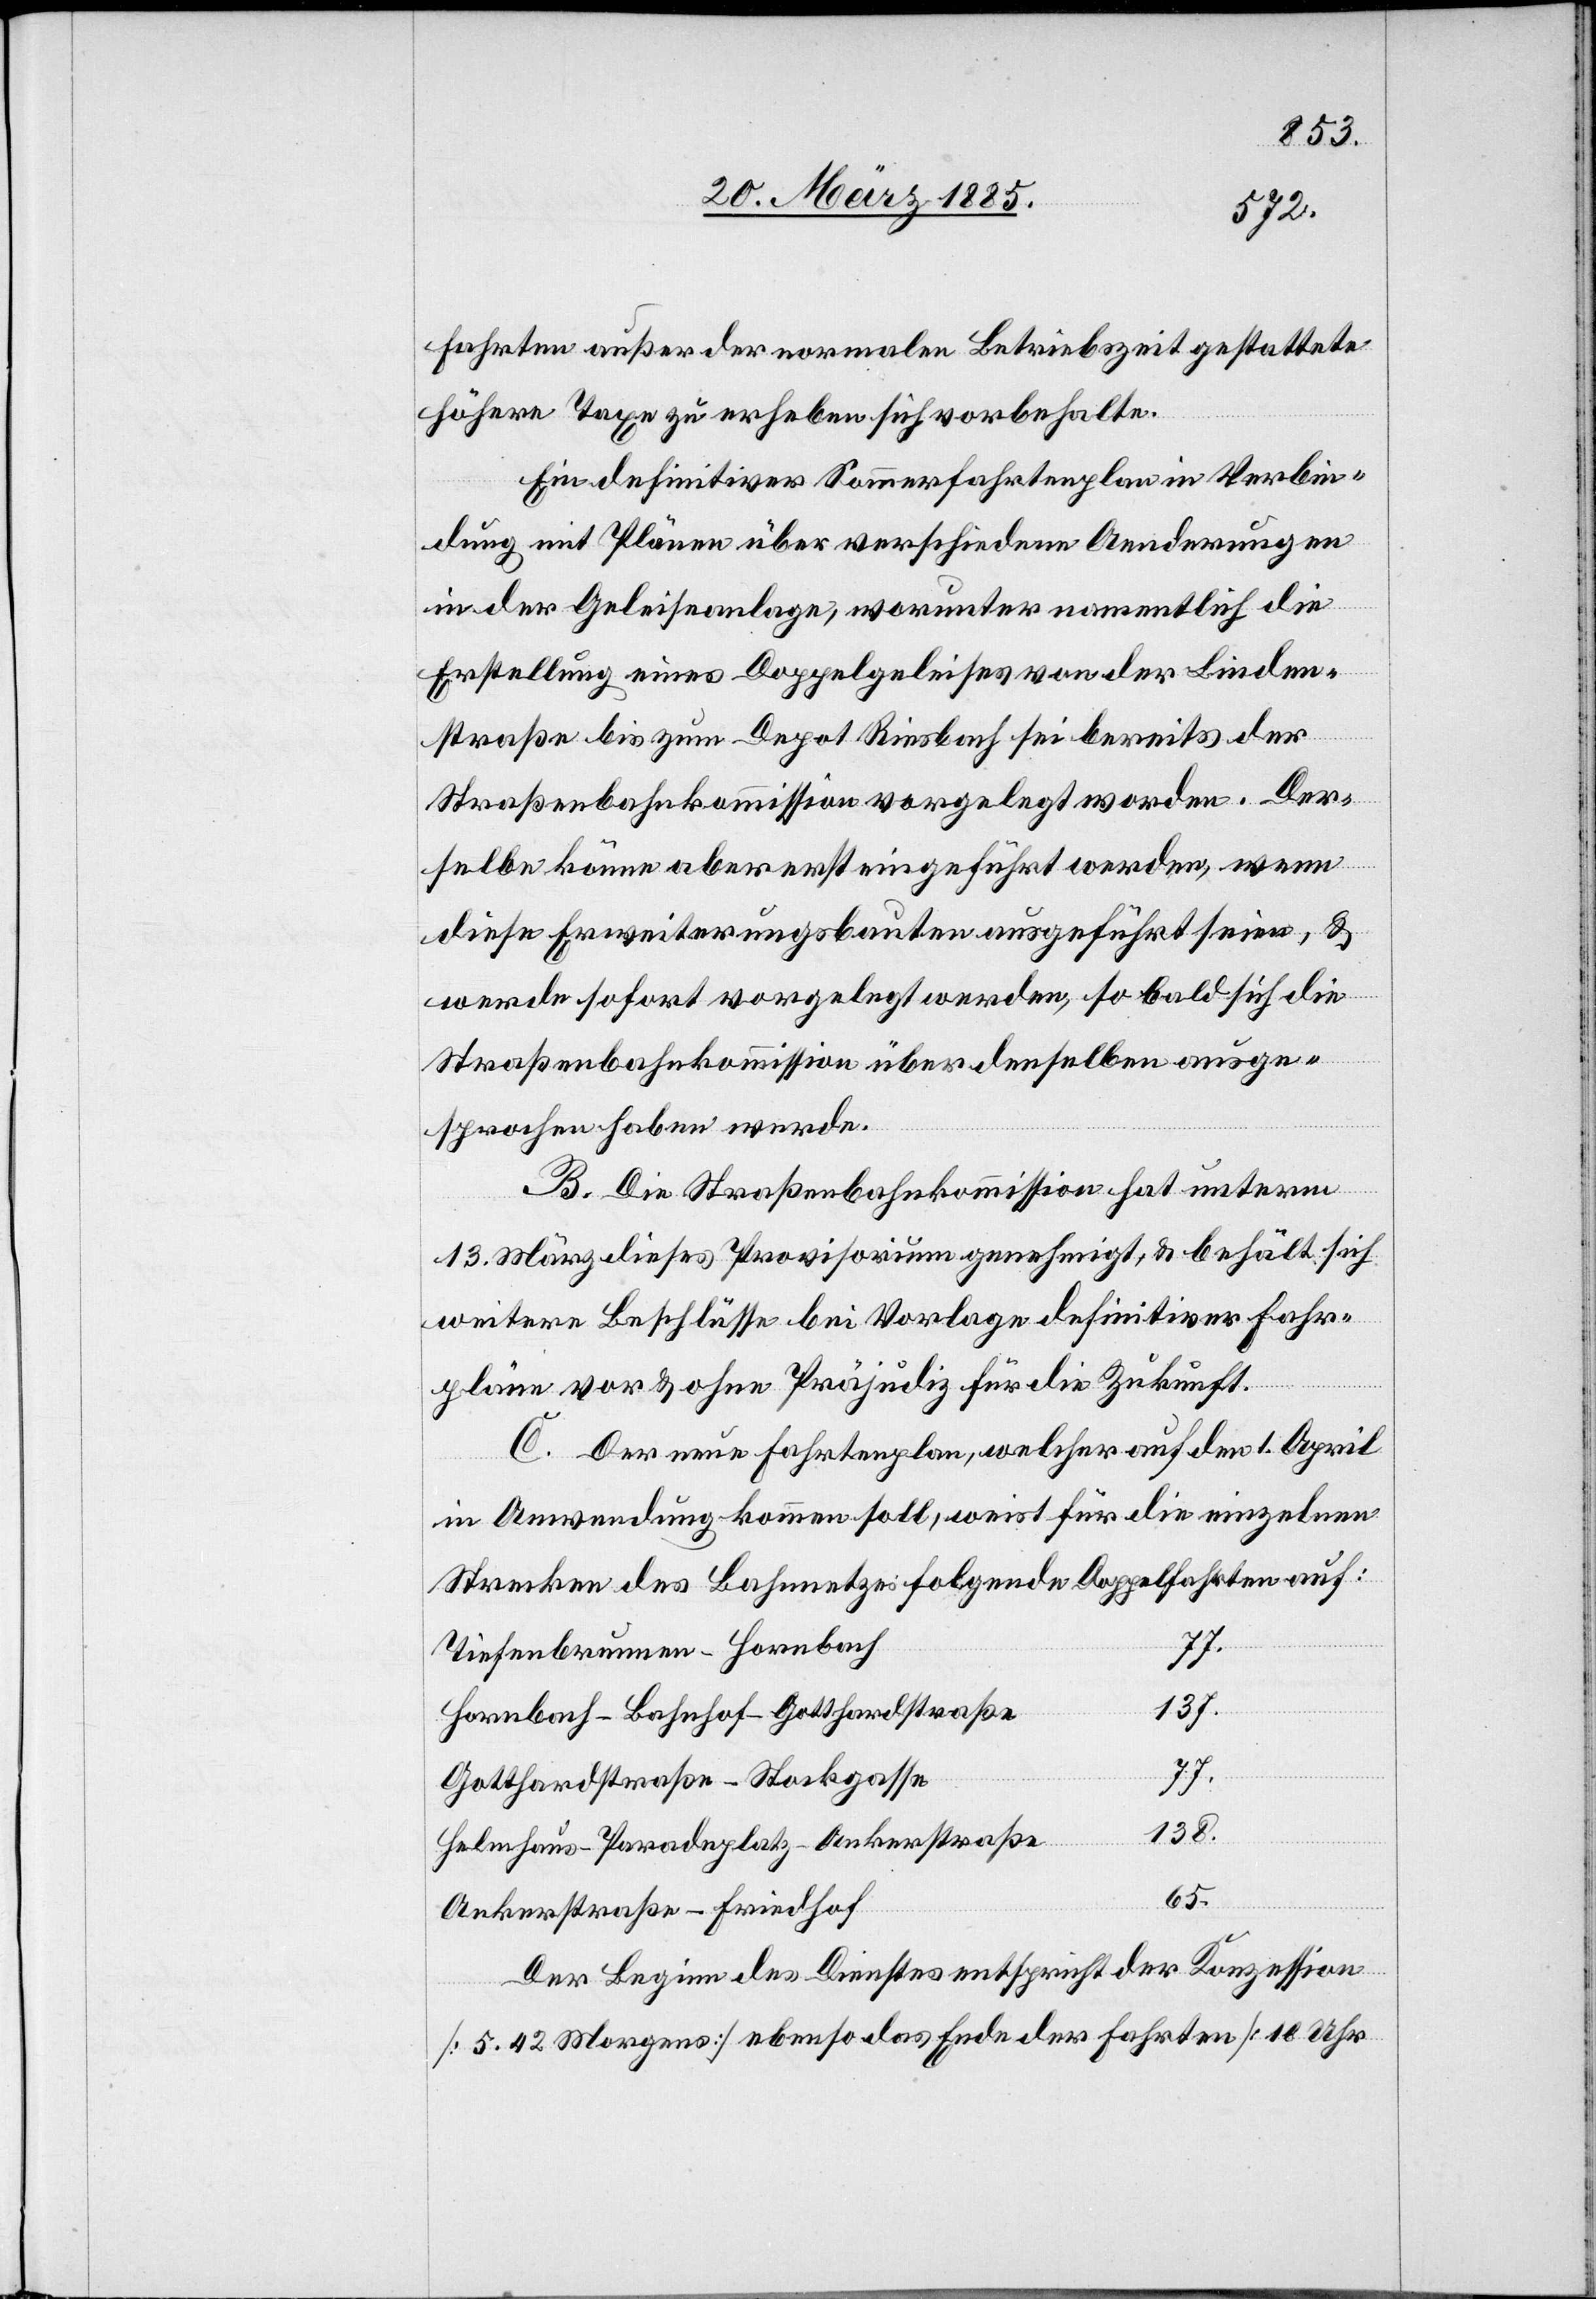
Fahrten außer der normalen Betriebszeit gestattete
höhere Taxe zu erheben sich vorbehalte.
Ein definitiver Sommerfahrtenplan in Verbin¬
dung mit Plänen über verschiedene Aenderungen
in der Geleiseanlage, worunter namentlich die
Erstellung eines Doppelgeleises von der Linden¬
straße bis zum Depot Riesbach, sei bereits der
Straßenbahnkommission vorgelegt worden. Der¬
selbe könne aber erst eingeführt werden, wenn
diese Erweiterungsbauten ausgeführt seien, &
werde sofort vorgelegt werden, so bald sich die
Straßenbahnkommission über denselben ausge¬
sprochen haben werde.
B. Die Straßenbahnkommission hat unterm
13. März dieses Provisorium genehmigt, & behält sich
weitere Beschlüsse bei Vorlage definitiver Fahr¬
pläne vor & ohne Präjudiz für die Zukunft.
C. Der neue Fahrtenplan, welcher auf den 1. April
in Anwendung kommen soll, weist für die einzelnen
Strecken des Bahnnetzes folgende Doppelfahrten auf:
Tiefenbrunnen–Hornbach
77.
137.
Hornbach–Bahnhof–Gotthardstraße
Gotthardstraße–Stockgasse
77.
138.
Helmhaus–Paradeplatz–Ankerstraße
65.
Ankerstraße–Friedhof
Der Beginn des Dienstes entspricht der Konzession
[5.42 Morgens] ebenso das Ende der Fahrten [10 Uhr